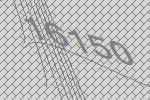
16150